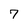
Character: 7